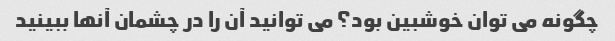
چگونه می توان خوشبین بود؟ می توانید آن را در چشمان آنها ببینید